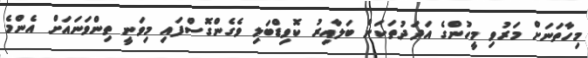
މިހާތަނަށް މަރުވި މީހުންގެ އަދަދުތަކަށް ބަލާއިރު ކޮވިޑްބަލި ވެގެންގޮސްފައި މިވަނީ ތިންވަނައަށް އެންމެ